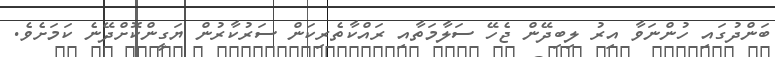
ބަންދުގައި ހުންނަވާ އިރު ލިބިދޭން ޖެހޭ ސަލާމަތާއި ރައްކާތެރިކަން ސަރުކާރުން ޔަގީންކޮށްދޭނެ ކަމަށެވެ.